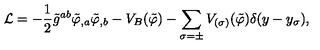
{ \cal L } = - \frac { 1 } { 2 } \tilde { g } ^ { a b } \tilde { \varphi } _ { , a } \tilde { \varphi } _ { , b } - V _ { B } ( \tilde { \varphi } ) - \sum _ { \sigma = \pm } V _ { ( \sigma ) } ( \tilde { \varphi } ) \delta ( y - y _ { \sigma } ) ,